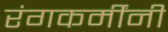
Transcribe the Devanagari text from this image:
रंगकर्मींनी